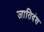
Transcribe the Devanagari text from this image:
जातिदंश